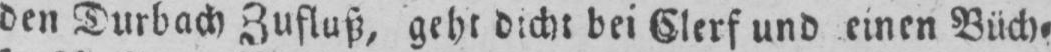
den Durbach Zufluß, geht dicht bei Clerf und einen Büch⸗